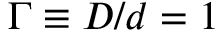
\Gamma \equiv D / d = 1